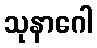
သုနာဂေါ